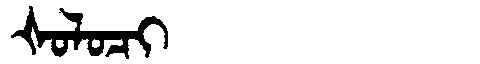
Manchu: ᡧᠣᠯᠣᠴᡳ
Romanization: ŠOLOCI